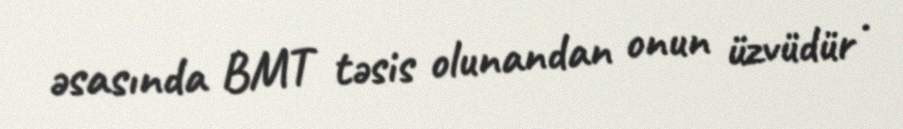
əsasında BMT təsis olunandan onun üzvüdür .